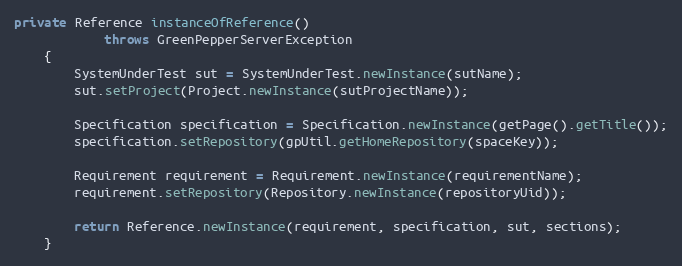
Language: Java
private Reference instanceOfReference()
			throws GreenPepperServerException
	{
        SystemUnderTest sut = SystemUnderTest.newInstance(sutName);
        sut.setProject(Project.newInstance(sutProjectName));

        Specification specification = Specification.newInstance(getPage().getTitle());
        specification.setRepository(gpUtil.getHomeRepository(spaceKey));

        Requirement requirement = Requirement.newInstance(requirementName);
        requirement.setRepository(Repository.newInstance(repositoryUid));

        return Reference.newInstance(requirement, specification, sut, sections);
    }